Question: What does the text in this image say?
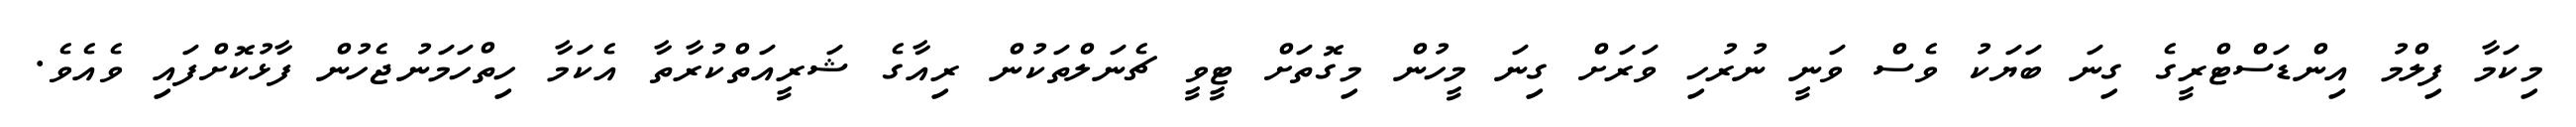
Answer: މިކަމާ ފިލްމު އިންޑަސްޓްރީގެ ގިނަ ބަޔަކު ވެސް ވަނީ ނުރުހި ވަރަށް ގިނަ މީހުން މިގޮތަށް ޓީވީ ޗެނަލްތަކުން ރިއާގެ ޝަރީއަތްކުރާތާ އެކަމާ ހިތްހަމަނުޖެހުން ފާޅުކޮށްފައި ވެއެވެ.